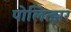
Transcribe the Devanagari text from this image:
पोलित्झर